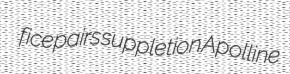
fice pairs suppletion Apolline